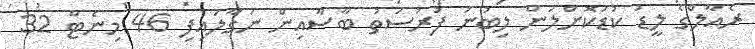
ރެއާލްގެ ލީޑު ކުޑަކޮށްލަން ލިބުނު ފުރުސަތު ބާސާއިން ނަގާލައިފި 46 މިނެޓް 32